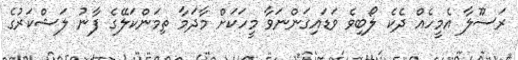
ރަސޫލާ އެމީހެއް ދެކެ ލޯބިވެ ވަޑައިގަންނަވާ މީހަކަށް މާދަމާ ތިމަންކަލޭގެ ފާނު ލަޝްކަރުގެ